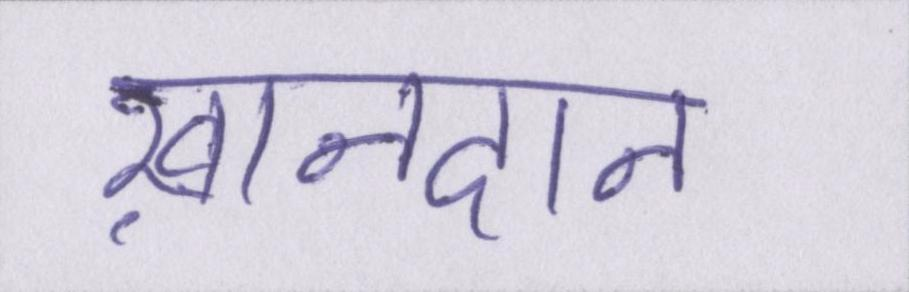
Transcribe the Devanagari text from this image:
ख़ानदान